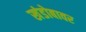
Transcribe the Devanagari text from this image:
खंडोबावर